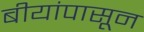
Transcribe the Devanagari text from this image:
बीयांपासून